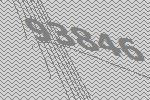
93846